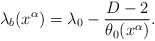
\begin{align*}\lambda_{b}(x^\alpha) =\lambda_0 - \frac{D-2}{\theta_0(x^\alpha)}.\end{align*}